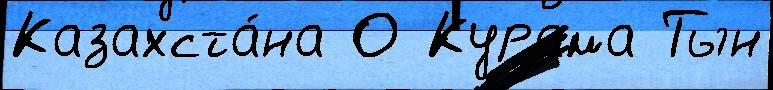
Казахста́на О Курама Тын